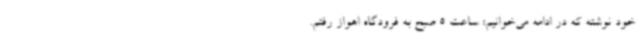
خود نوشته که در ادامه می‌خوانیم: ساعت 5 صبح به فرودگاه اهواز رفتم.